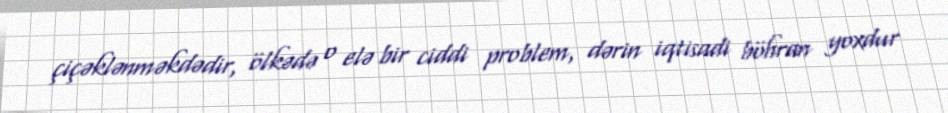
çiçəklənməkdədir, ölkədə o elə bir ciddi problem, dərin iqtisadi böhran yoxdur